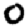
Digit: 0